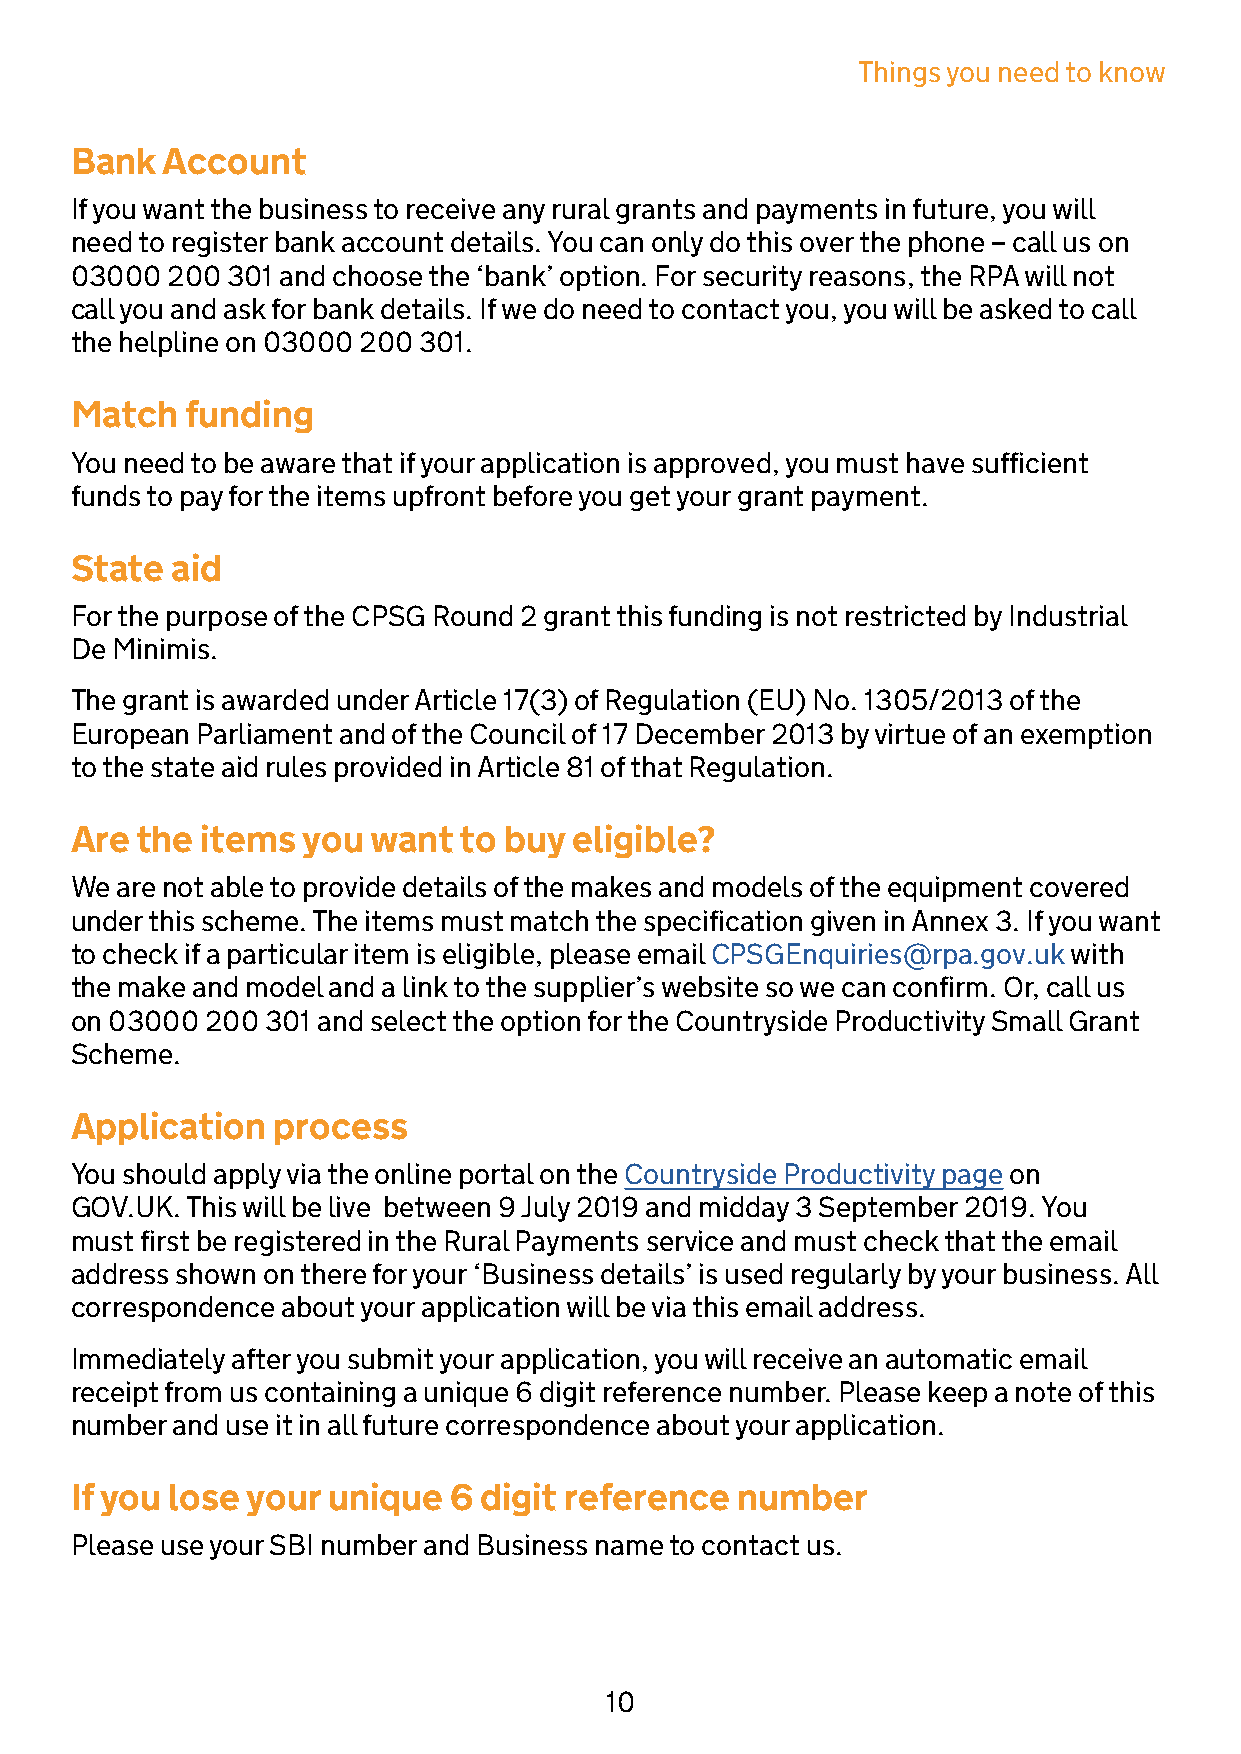
Things you need to know
 Bank  Account
 If you want the business to receive any rural grants and payments in future, you will
 need to register bank account details. You can only do this over the phone – call us on
 03000 200 301 and choose the ‘bank’ option. For security reasons, the RPA will not
 call you and ask for bank details. If we do need to contact you, you will be asked to call
 the helpline on 03000 200 301.
 Match  funding
 You need to be aware that if your application is approved, you must have sufficient
 funds to pay for the items upfront before you get your grant payment.
 State aid
 For the purpose of the CPSG Round 2 grant this funding is not restricted by Industrial
 De Minimis.
 The grant is awarded under Article 17(3) of Regulation (EU) No. 1305/2013 of the
 European Parliament and of the Council of 17 December 2013 by virtue of an exemption
 to the state aid rules provided in Article 81 of that Regulation.
 Are the items  you want  to buy  eligible?
 We are not able to provide details of the makes and models of the equipment covered
 under this scheme. The items must match the specification given in Annex 3. If you want
 to check if a particular item is eligible, please email CPSGEnquiries@rpa.gov.uk with
 the make and model and a link to the supplier’s website so we can confirm. Or, call us
 on 03000 200 301 and select the option for the Countryside Productivity Small Grant
 Scheme.
 Application  process
 You should apply via the online portal on the Countryside Productivity page on
 GOV.UK. This will be live between 9 July 2019 and midday 3 September 2019. You
 must first be registered in the Rural Payments service and must check that the email
 address shown on there for your ‘Business details’ is used regularly by your business. All
 correspondence about your application will be via this email address.
 Immediately after you submit your application, you will receive an automatic email
 receipt from us containing a unique 6 digit reference number. Please keep a note of this
 number and use it in all future correspondence about your application.
 If you lose your unique  6 digit reference  number
 Please use your SBI number and Business name to contact us.
 10